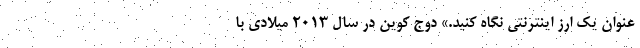
عنوان یک ارز اینترنتی نگاه کنید.» دوج کوین در سال ۲۰۱۳ میلادی با